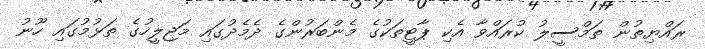
ރައްޔިތުން ތަމްސީލު ކުރައްވާ އެކި ޕާޓީތަކުގެ މެންބަރުންގެ ދެމެދުގައި މަޖިލީހުގެ ތަޅުމުގައި ހޫނު